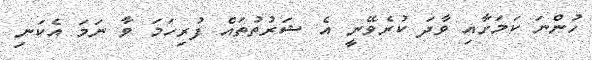
ހުންނަ ކަމަށާއި ވާދަ ކުރެވޭނީ އެ ޝަރުތުތައް ފުރިހަމަ ވާ ނަމަ އެކަނި